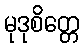
မုဒုစိတ္တေ